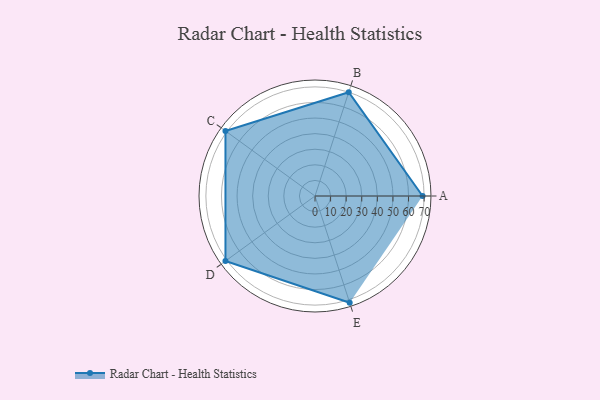
{"axis": {"x": "Skill", "y": "Score"}, "legend": ["Profile"], "data": [{"x": "A", "y": 69.0, "type": "Profile"}, {"x": "B", "y": 70.0, "type": "Profile"}, {"x": "C", "y": 71.0, "type": "Profile"}, {"x": "D", "y": 71.0, "type": "Profile"}, {"x": "E", "y": 72.0, "type": "Profile"}]}